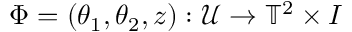
\Phi = ( \theta _ { 1 } , \theta _ { 2 } , z ) : \mathcal { U } \to \mathbb { T } ^ { 2 } \times I